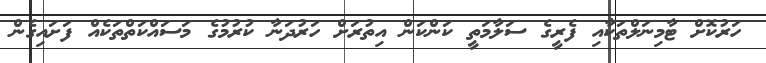
ހަރުކޮށް ޓާމިނަލްތަކާއި ފެރީގެ ސަލާމަތީ ކަންކަން އިތުރަށް ހަރުދަނާ ކުރުމުގެ މަސައްކަތްތަކެއް ފަށައިގެން